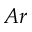
_ { A r }